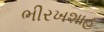
ભીરખશાહ